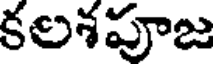
కలశపూజ